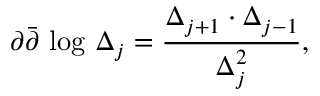
\partial \bar { \partial } \mathrm { ~ l o g ~ } \Delta _ { j } = \frac { \Delta _ { j + 1 } \cdot \Delta _ { j - 1 } } { \Delta _ { j } ^ { 2 } } ,